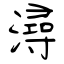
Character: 潯